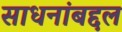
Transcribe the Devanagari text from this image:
साधनांबद्दल